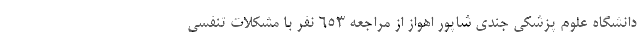
دانشگاه علوم پزشکی جندی شاپور اهواز از مراجعه ۶۵۳ نفر با مشکلات تنفسی